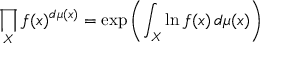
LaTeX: \prod _ { X } f ( x ) ^ { d \mu ( x ) } = \exp \left( \int _ { X } \ln f ( x ) \, d \mu ( x ) \right)